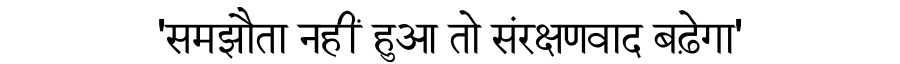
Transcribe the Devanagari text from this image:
'समझौता नहीं हुआ तो संरक्षणवाद बढ़ेगा'